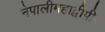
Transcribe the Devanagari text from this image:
नेपालीमहाद्वीपीय